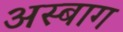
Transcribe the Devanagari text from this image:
अस्बाग